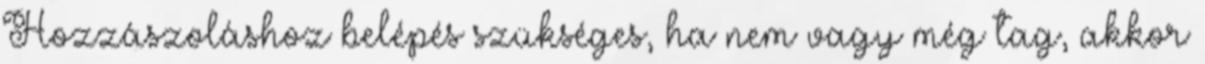
Hozzászoláshoz belépés szükséges, ha nem vagy még tag, akkor